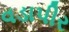
વડાપીર